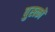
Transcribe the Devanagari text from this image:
पुस्त्कों